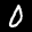
Label: 0